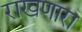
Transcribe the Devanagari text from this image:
राखणारा